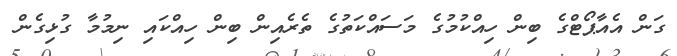
ގަން އެއާޕޯޓްގެ ބިން ހިއްކުމުގެ މަސައްކަތުގެ ތެރެއިން ބިން ހިއްކައި ނިމުމާ ގުޅިގެން